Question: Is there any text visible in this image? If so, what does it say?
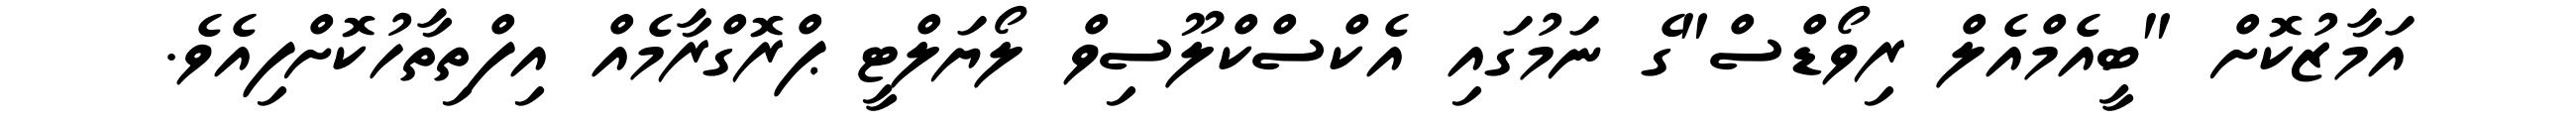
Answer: އަމާޒުކޮށް "ބީއެމްއެލް ރިވޯޑްސް"ގެ ނަމުގައި އެކްސްކްލޫސިވް ލޯޔަލްޓީ ޕްރޮގްރާމެއް އިފްތިތާހުކޮށްފިއެވެ.